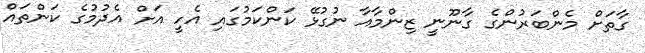
ގާތަށް މެންބަރުންގެ ގާނޫނީ ޒިންމާއާ ނުގުޅޭ ކަންކަމުގައި އެހީ އަށް އެދުމުގެ ކަންތައް